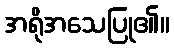
အရိုအသေပြု၏။